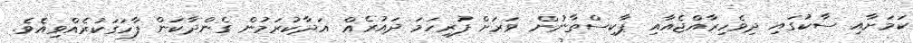
ކަމަށާއި ސާކުގައި ދިވެހިރާއްޖެއާއި ޕާކިސްތާނުން ވަަރަށް ފުރިހަމަ ދައުރެއް އަދާކުރަމުން ގެންދާކަން ފާހަގަކުރެއްވިއެވެ.